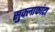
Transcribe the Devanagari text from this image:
सुक्लाफांटा